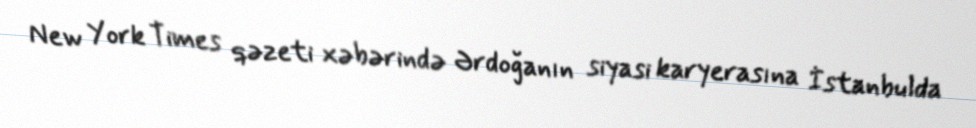
New York Times qəzeti xəbərində Ərdoğanın siyasi karyerasına İstanbulda